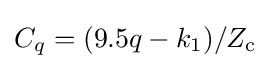
C_{q}=(9.5q-k_{1})/Z_{\text{c}}